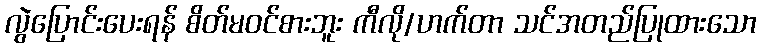
လွဲပြောင်းပေးရန် စိတ်မဝင်စားဘူး ကီလို/ဟက်တာ သင်အတည်ပြုထားသော